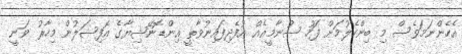
އެހެންނަމަވެސް މި ބިންހެލުމަށް ފަހު ސުނާމީއެއް އުފެދިފައިނުވާތީ އިންޑޮނޭޝިޔާގެ އޮފިޝަލުން މިހާރު ވަނީ